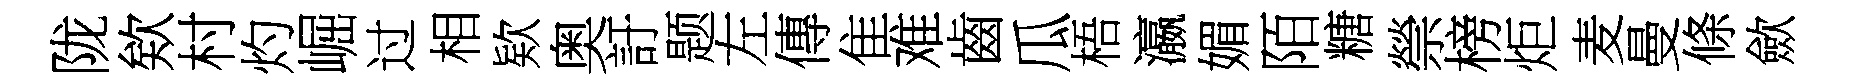
陇欸村灼崛过相欵奥訏题左傳隹难齒瓜梧瀛媚陌糖禜榜炬麦曼條歛